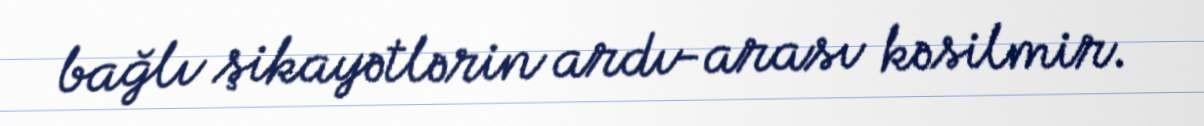
bağlı şikayətlərin ardı-arası kəsilmir.